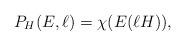
LaTeX: \begin{align*}P_H(E,\ell)=\chi(E (\ell H)),\end{align*}